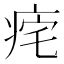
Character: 𤵾